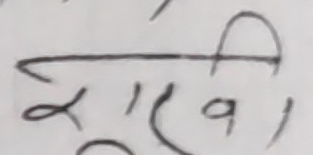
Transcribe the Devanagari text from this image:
राख्न